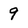
Character: 9